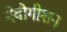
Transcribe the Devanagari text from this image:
नेवीगीशन